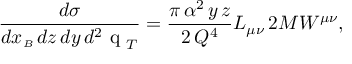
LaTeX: \frac { d \sigma } { d x _ { \scriptscriptstyle B } \, d z \, d y \, d ^ { 2 } \mathrm { \boldmath ~ q ~ } _ { T } } = \frac { \pi \, \alpha ^ { 2 } \, y \, z } { 2 \, Q ^ { 4 } } L _ { \mu \nu } \, 2 M { \cal W } ^ { \mu \nu } ,